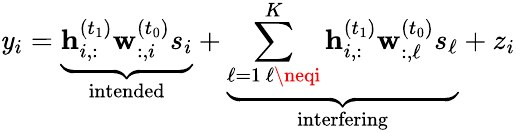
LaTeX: \mathit{y}_{i}=\underbrace{{\mathbf{{h}}_{i,:}^{(t_{1})}\mathbf{{w}}_{:,i}^{(t_{0})}s_{i}}}_{\mathrm{{intended}}}+\underbrace{{\sum_{\substack{\ell=1\, \ell\neqi}}^{K}\mathbf{{h}}_{i,:}^{(t_{1})}\mathbf{{w}}_{:,\ell}^{(t_{0})}s_{\ell}}}_{\mathrm{{interfering}}}+z_{i}